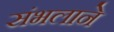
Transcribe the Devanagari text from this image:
संभलाने